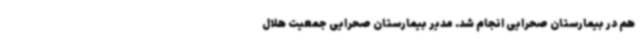
هم در بیمارستان صحرایی انجام شد. مدیر بیمارستان صحرایی جمعیت هلال